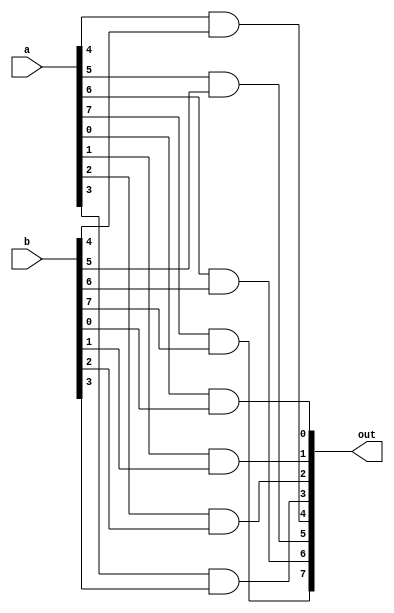
module and8bit(a,b, out);

input [7:0] a,b;
output [7:0] out;

and (out[0], a[0], b[0]);
and (out[1], a[1], b[1]);
and (out[2], a[2], b[2]);
and (out[3], a[3], b[3]);
and (out[4], a[4], b[4]);
and (out[5], a[5], b[5]);
and (out[6], a[6], b[6]);
and (out[7], a[7], b[7]);

endmodule